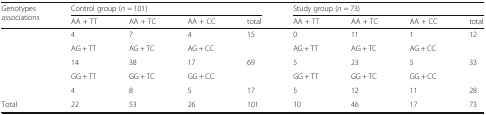
| <ROWSPAN=2> Genotypes associations | <COLSPAN=4> Control group (n = 101) | <COLSPAN=4> Study group (n = 73) |
 | AA + TT | AA + TC | AA + CC | total | AA + TT | AA + TC | AA + CC | total |
 | --- | --- | --- | --- | --- | --- | --- | --- | --- |
 |  | 4 | 7 | 4 | 15 | 0 | 11 | 1 | 12 |
 |  | AG + TT | AG + TC | AG + CC |  | AG + TT | AG + TC | AG + CC |  |
 |  | 14 | 38 | 17 | 69 | 5 | 23 | 5 | 33 |
 |  | GG + TT | GG + TC | GG + CC |  | GG + TT | GG + TC | GG + CC |  |
 |  | 4 | 8 | 5 | 17 | 5 | 12 | 11 | 28 |
 | Total | 22 | 53 | 26 | 101 | 10 | 46 | 17 | 73 |